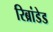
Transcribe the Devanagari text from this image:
रिब्रांडेड